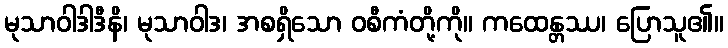
မုသာဝါဒါဒီနိ၊ မုသာဝါဒ၊ အစရှိသော ဝစီကံတို့ကို။ ကထေန္တဿ၊ ပြောသူ၏။